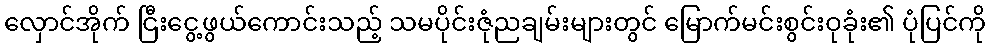
လှောင်အိုက် ငြီးငွေ့ဖွယ်ကောင်းသည့် သမပိုင်းဇုံညချမ်းများတွင် မြောက်မင်းစွင်းဝုခုံး၏ ပုံပြင်ကို